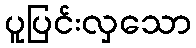
ပူပြင်းလှသော